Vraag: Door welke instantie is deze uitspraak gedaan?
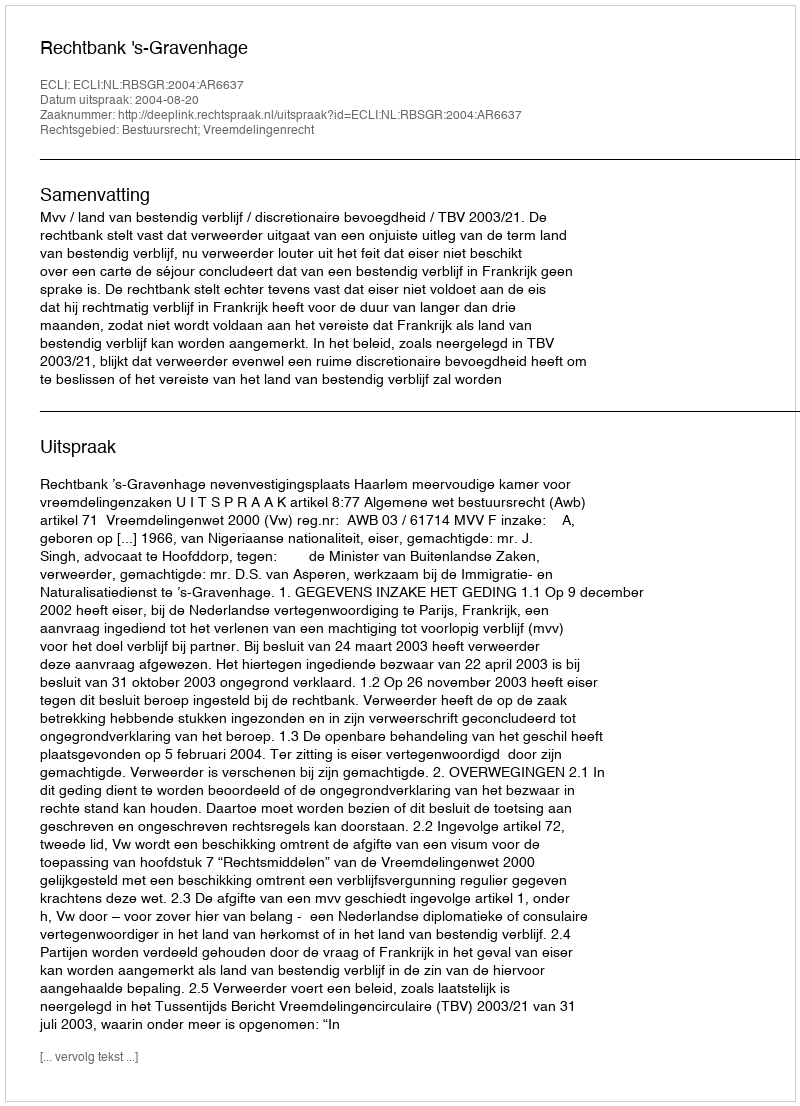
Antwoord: Rechtbank 's-Gravenhage